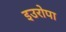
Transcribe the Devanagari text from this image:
इउरोपा